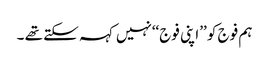
ہم فوج کو ’’اپنی فوج‘‘نہیں کہہ سکتے تھے ۔